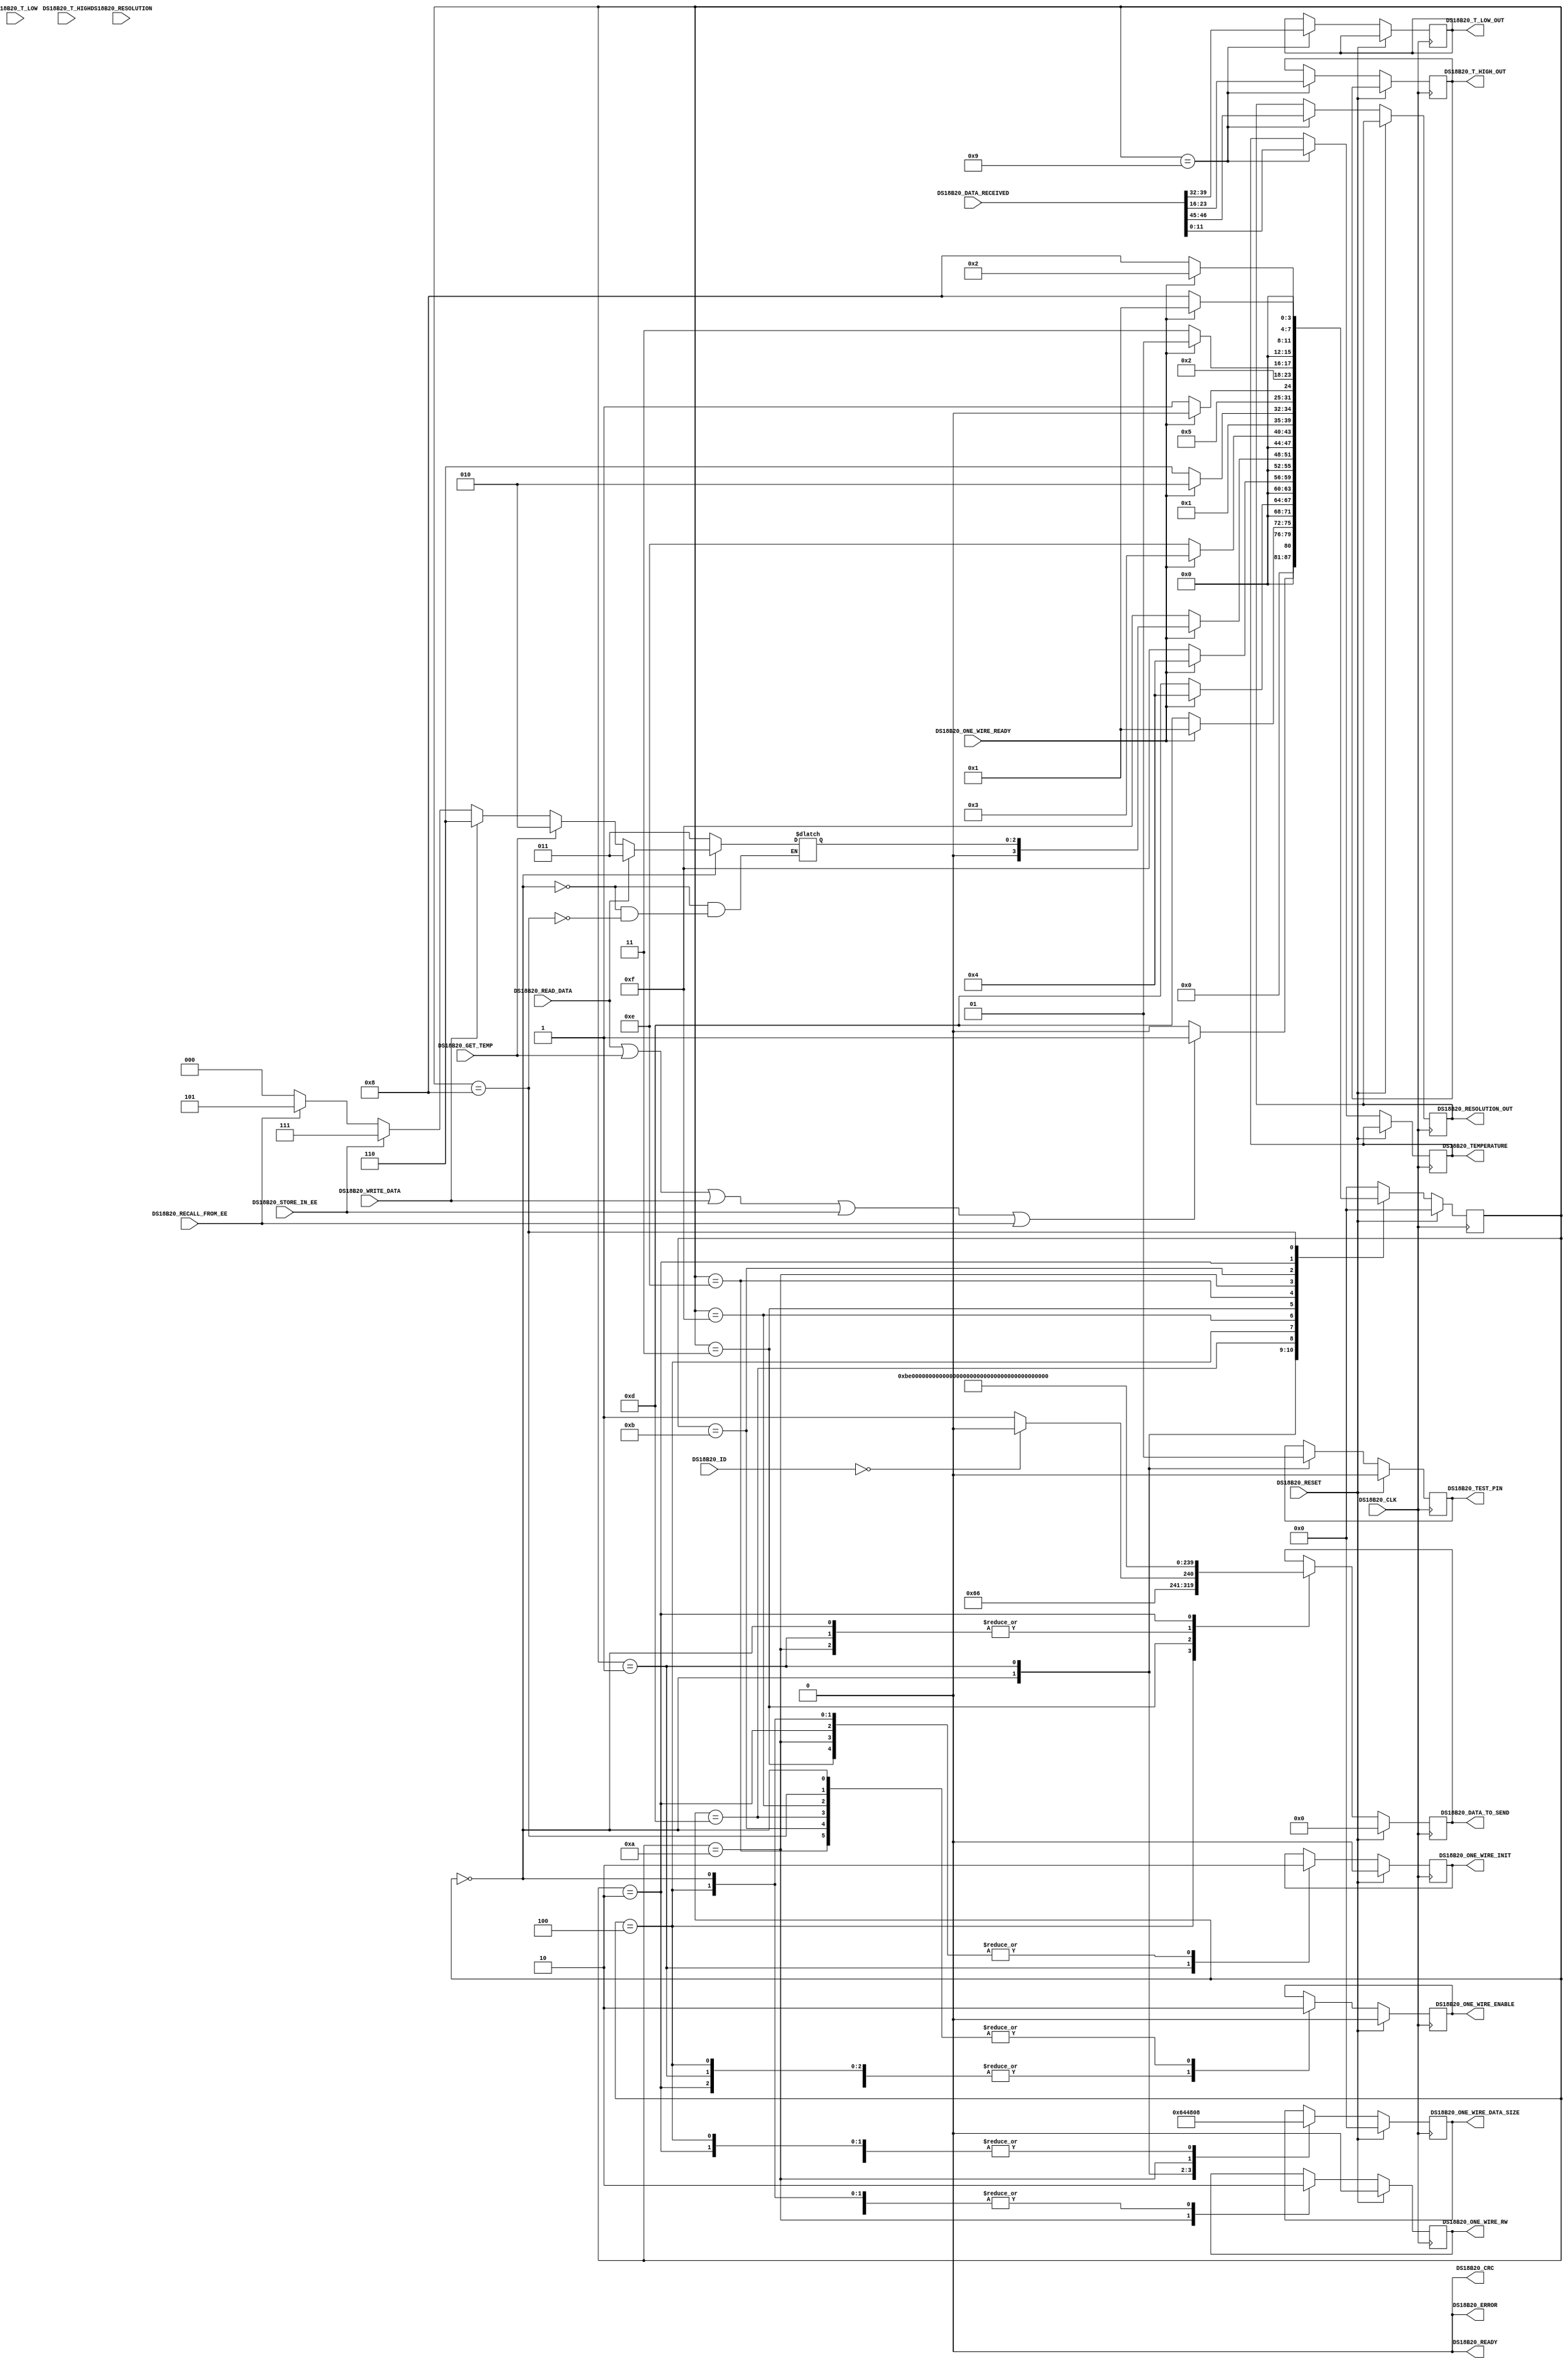
`timescale 1ns / 1ps
//////////////////////////////////////////////////////////////////////////////////
// DS18B20 driver
//////////////////////////////////////////////////////////////////////////////////

module DS18B20_DRIVER (
	input DS18B20_CLK,
	input DS18B20_RESET,
	input [1:0] DS18B20_RESOLUTION,
	input [7:0] DS18B20_T_HIGH,
	input [7:0] DS18B20_T_LOW,
	input [47:0] DS18B20_ID,
	input DS18B20_GET_TEMP,
	input DS18B20_READ_DATA,
	input DS18B20_WRITE_DATA,
	input DS18B20_STORE_IN_EE,
	input DS18B20_RECALL_FROM_EE,
	output reg [11:0] DS18B20_TEMPERATURE =12'h228,
	output reg [1:0] DS18B20_RESOLUTION_OUT =2'b00,
	output reg [7:0] DS18B20_T_HIGH_OUT =8'h00,
	output reg [7:0] DS18B20_T_LOW_OUT =8'h00,
	output reg DS18B20_CRC = 1'b0,
	output reg DS18B20_ERROR = 1'b0,
	output reg DS18B20_READY = 1'b0,
	//output reg [7:0] DS18B20_ACTUAL_STATE = 8'h00, 
	//one wire interface
	input [79:0] DS18B20_DATA_RECEIVED,
	input DS18B20_ONE_WIRE_READY,
	
	output reg DS18B20_ONE_WIRE_RW = 1'b0,
	output reg [79:0] DS18B20_DATA_TO_SEND = 80'h00000000000000000000,
	output reg [7:0] DS18B20_ONE_WIRE_DATA_SIZE = 8'd0,
	output reg DS18B20_ONE_WIRE_ENABLE = 1'b0,
	output reg DS18B20_ONE_WIRE_INIT = 1'b0,
	output reg DS18B20_TEST_PIN = 1'b0
);

parameter 	ds12b20_idle = 8'h00, ds12b20_init = 8'h01, ds12b20_read_data_request = 8'h03, ds12b20_get_temp = 8'h02, ds12b20_write_data = 8'h06, 
			ds12b20_store_ee = 8'h07, ds12b20_recall_ee = 8'h05, ds12b20_ROMcomm = 8'h04, ds12b20_searchALARM = 8'h0C, ds12b20_init_wait = 8'h0D, 
			ds12b20_ROMcomm_wait = 8'h0F, ds12b20_read_data_request_wait = 8'h0E, ds12b20_read_data_response = 8'h0A, ds12b20_read_data_response_wait = 8'h0B,
			ds12b20_read_data_response_store = 8'h09, ds12b20_get_temp_wait = 8'h08;

reg [7:0] ds12b20_state = 8'h00;
reg [7:0] next_ds12b20_state = 8'h00;
reg [7:0] ds12b20_stored_state = 8'h00;

//always @(posedge DS18B20_CLK)
//begin
//	DS18B20_ACTUAL_STATE <= ds12b20_state;
//end

always @(posedge DS18B20_CLK)
begin
	if(DS18B20_RESET == 1'b1)
	begin
		DS18B20_TEST_PIN <= #1 1'b0;
		DS18B20_ONE_WIRE_ENABLE <= #1 1'b0;
		DS18B20_DATA_TO_SEND <= #1 80'd0; 
		DS18B20_ONE_WIRE_DATA_SIZE <= #1 8'd0;
		DS18B20_ONE_WIRE_RW <= #1 1'b0;
		DS18B20_ONE_WIRE_INIT <= #1 1'b0;
	end
	else
	begin
		case(ds12b20_state)
		ds12b20_idle:
		begin
			DS18B20_TEST_PIN <= #1 1'b0;
			DS18B20_ONE_WIRE_ENABLE <= #1 1'b0;
			DS18B20_DATA_TO_SEND <= #1 80'd0; 
			DS18B20_ONE_WIRE_DATA_SIZE <= #1 8'd0;
			DS18B20_ONE_WIRE_RW <= #1 1'b0;
			DS18B20_ONE_WIRE_INIT <= #1 1'b0;
		end
		//-----------------------
		ds12b20_init:
		begin
			DS18B20_ONE_WIRE_ENABLE <= #1 1'b1;
			DS18B20_DATA_TO_SEND <= #1 80'd0; 
			DS18B20_ONE_WIRE_DATA_SIZE <= #1 8'd100;
			DS18B20_ONE_WIRE_RW <= #1 1'b0;
			DS18B20_ONE_WIRE_INIT <= #1 1'b1;
			DS18B20_TEST_PIN <= #1 1'b1;
		end
		ds12b20_init_wait: 
		begin
			DS18B20_ONE_WIRE_ENABLE <= #1 1'b0;
		end	
		//-----------------------
		ds12b20_ROMcomm:
		begin
			if(DS18B20_ID == 48'h000000000000)
			begin
				DS18B20_ONE_WIRE_ENABLE <= #1 1'b1;
				DS18B20_DATA_TO_SEND <= #1 80'h000000000000000000CC;
				DS18B20_ONE_WIRE_DATA_SIZE <= #1 8'h08;
				DS18B20_ONE_WIRE_RW <= #1 1'b0;
				DS18B20_ONE_WIRE_INIT <= #1 1'b0;
			end
			else
			begin
				DS18B20_ONE_WIRE_ENABLE <= #1 1'b1;
				DS18B20_DATA_TO_SEND <= #1 80'h000000000000000000CD;
				DS18B20_ONE_WIRE_DATA_SIZE <= #1 8'h08;
				DS18B20_ONE_WIRE_RW <= #1 1'b0;
				DS18B20_ONE_WIRE_INIT <= #1 1'b0;
			end
		end
		ds12b20_ROMcomm_wait: 
		begin
			DS18B20_ONE_WIRE_ENABLE <= #1 1'b0;
		end
		//-----------------------
		ds12b20_read_data_request:
		begin
			DS18B20_ONE_WIRE_ENABLE <= #1 1'b1;
			DS18B20_DATA_TO_SEND <= #1 80'h000000000000000000BE;
			DS18B20_ONE_WIRE_DATA_SIZE <= #1 8'd8;
			DS18B20_ONE_WIRE_RW <= #1 1'b0;
			DS18B20_ONE_WIRE_INIT <= #1 1'b0;
		end
		ds12b20_read_data_request_wait:	
		begin
			DS18B20_ONE_WIRE_ENABLE <= #1 1'b0;
		end
		//-----------------------
		ds12b20_read_data_response:
		begin
			DS18B20_ONE_WIRE_ENABLE <= #1 1'b1;
			DS18B20_DATA_TO_SEND <= #1 80'h00000000000000000000;
			DS18B20_ONE_WIRE_DATA_SIZE <= #1 8'd72;
			DS18B20_ONE_WIRE_RW <= #1 1'b1;
			DS18B20_ONE_WIRE_INIT <= #1 1'b0;
		end
		ds12b20_read_data_response_wait: DS18B20_ONE_WIRE_ENABLE <= #1 1'b0;
		ds12b20_read_data_response_store:
		begin
			DS18B20_TEMPERATURE <= #1 DS18B20_DATA_RECEIVED[11:0];
			DS18B20_T_HIGH_OUT <= #1 DS18B20_DATA_RECEIVED[31:16];
			DS18B20_T_LOW_OUT <= #1 DS18B20_DATA_RECEIVED[39:32];
			DS18B20_RESOLUTION_OUT <= #1 DS18B20_DATA_RECEIVED[46:45];
		end
		//-----------------------
		ds12b20_get_temp:
		begin
			DS18B20_ONE_WIRE_ENABLE <= #1 1'b1;
			DS18B20_DATA_TO_SEND <= #1 80'h00000000000000000044;
			DS18B20_ONE_WIRE_DATA_SIZE <= #1 8'd8;
			DS18B20_ONE_WIRE_RW <= #1 1'b0;
			DS18B20_ONE_WIRE_INIT <= #1 1'b0;
		end
		ds12b20_get_temp_wait: DS18B20_ONE_WIRE_ENABLE <= #1 1'b0;
		//-----------------------
		ds12b20_write_data:
		begin
		end
		ds12b20_store_ee:
		begin
		end
		ds12b20_recall_ee:
		begin
		end
		default:
		begin
		end
		endcase
	end
end

always @(ds12b20_state or DS18B20_GET_TEMP or DS18B20_READ_DATA or DS18B20_WRITE_DATA or DS18B20_STORE_IN_EE or DS18B20_RECALL_FROM_EE)
begin
	if(ds12b20_state == ds12b20_idle)
	begin
		if(DS18B20_READ_DATA) ds12b20_stored_state = ds12b20_read_data_request;
		else if(DS18B20_GET_TEMP) ds12b20_stored_state = ds12b20_get_temp;
		else if(DS18B20_WRITE_DATA) ds12b20_stored_state = ds12b20_write_data;
		else if(DS18B20_STORE_IN_EE) ds12b20_stored_state = ds12b20_store_ee;
		else if(DS18B20_RECALL_FROM_EE) ds12b20_stored_state = ds12b20_recall_ee;
		else ds12b20_stored_state = ds12b20_idle;
	end
	else if(ds12b20_state == ds12b20_get_temp_wait)
	begin
		ds12b20_stored_state = ds12b20_read_data_request;
	end
	else ds12b20_stored_state = ds12b20_stored_state;
end

always @(ds12b20_state or ds12b20_stored_state or DS18B20_GET_TEMP or DS18B20_READ_DATA or DS18B20_WRITE_DATA or DS18B20_STORE_IN_EE or DS18B20_RECALL_FROM_EE or DS18B20_ONE_WIRE_READY)
begin
	case(ds12b20_state)
		ds12b20_idle:
		begin	
			if (DS18B20_READ_DATA || DS18B20_GET_TEMP || DS18B20_WRITE_DATA || DS18B20_STORE_IN_EE || DS18B20_RECALL_FROM_EE)
				next_ds12b20_state = ds12b20_init;
			else next_ds12b20_state = ds12b20_idle;
		end
		ds12b20_init:
		begin
			if (DS18B20_ONE_WIRE_READY == 1'b0)
				next_ds12b20_state = ds12b20_init_wait;	
			else next_ds12b20_state = ds12b20_init;
		end
		ds12b20_init_wait:
		begin
			if (DS18B20_ONE_WIRE_READY == 1'b1) 
				next_ds12b20_state = ds12b20_ROMcomm;	
			else next_ds12b20_state = ds12b20_init_wait;
		end
		ds12b20_ROMcomm:
		begin
			if(DS18B20_ONE_WIRE_READY == 1'b0) next_ds12b20_state = ds12b20_ROMcomm_wait;
			else next_ds12b20_state = ds12b20_ROMcomm;
		end
		ds12b20_ROMcomm_wait:
		begin
			if (DS18B20_ONE_WIRE_READY == 1'b1)
			begin
				next_ds12b20_state = ds12b20_stored_state;
			end
			else next_ds12b20_state = ds12b20_ROMcomm_wait;
		end
		ds12b20_read_data_request: if (DS18B20_ONE_WIRE_READY == 1'b0) next_ds12b20_state = ds12b20_read_data_request_wait; else next_ds12b20_state = ds12b20_read_data_request;
		ds12b20_read_data_request_wait: if (DS18B20_ONE_WIRE_READY == 1'b1) next_ds12b20_state = ds12b20_read_data_response; else next_ds12b20_state = ds12b20_read_data_request_wait;
		ds12b20_read_data_response: if (DS18B20_ONE_WIRE_READY == 1'b0) next_ds12b20_state = ds12b20_read_data_response_wait; else next_ds12b20_state = ds12b20_read_data_response;
		ds12b20_read_data_response_wait: if (DS18B20_ONE_WIRE_READY == 1'b1) next_ds12b20_state = ds12b20_read_data_response_store; else next_ds12b20_state = ds12b20_read_data_response_wait;
		ds12b20_read_data_response_store: next_ds12b20_state = ds12b20_idle;
		ds12b20_get_temp: if (DS18B20_ONE_WIRE_READY == 1'b0) next_ds12b20_state = ds12b20_get_temp_wait; else next_ds12b20_state = ds12b20_get_temp;
		ds12b20_get_temp_wait: if (DS18B20_ONE_WIRE_READY == 1'b1) next_ds12b20_state = ds12b20_init; else next_ds12b20_state = ds12b20_get_temp_wait;
		default:
			next_ds12b20_state = ds12b20_idle;
	endcase
end

always @(posedge DS18B20_CLK)
begin
	if(DS18B20_RESET == 1'b1)	ds12b20_state <= #1 ds12b20_idle;
	else						ds12b20_state <= #1 next_ds12b20_state;
end

endmodule